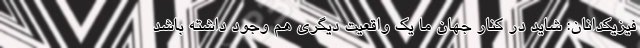
فیزیکدانان: شاید در کنار جهان ما یک واقعیت دیگری هم وجود داشته باشد